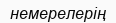
немерелерің